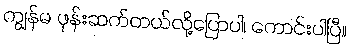
ကျွန်မ ဖုန်းဆက်တယ်လို့ပြောပါ၊ ကောင်းပါပြီ။